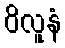
ဝိလူနံ